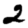
Digit: 2